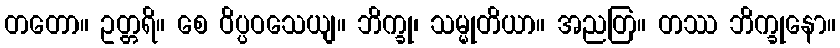
တတော။ ဥတ္တရိ။ စေ ဝိပ္ပဝသေယျ။ ဘိက္ခု၊ သမ္မုတိယာ။ အညတြ။ တဿ ဘိက္ခုနော။